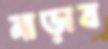
নাড়াব